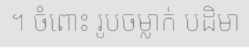
។ ចំពោះ រូបចម្លាក់ បដិមា